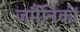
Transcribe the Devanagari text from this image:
जर्मैनिकों